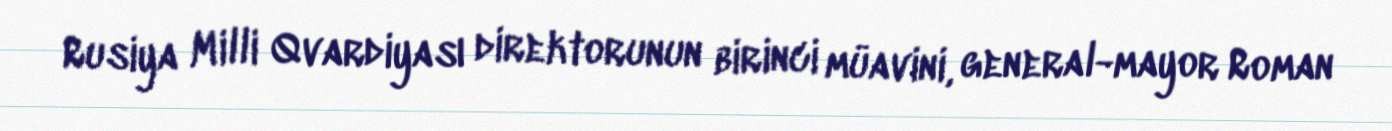
Rusiya Milli Qvardiyası direktorunun birinci müavini, general-mayor Roman